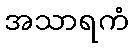
အသာရကံ